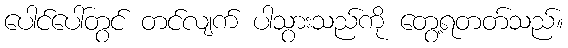
ပေါင်ပေါ်တွင် တင်လျက် ပါသွားသည်ကို တွေ့ရတတ်သည်။